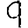
Digit: 9